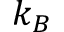
k _ { B }